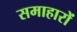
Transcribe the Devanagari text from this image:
समाहारों